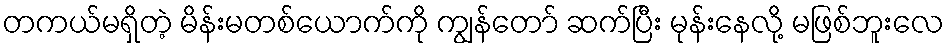
တကယ်မရှိတဲ့ မိန်းမတစ်ယောက်ကို ကျွန်တော် ဆက်ပြီး မုန်းနေလို့ မဖြစ်ဘူးလေ